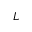
L